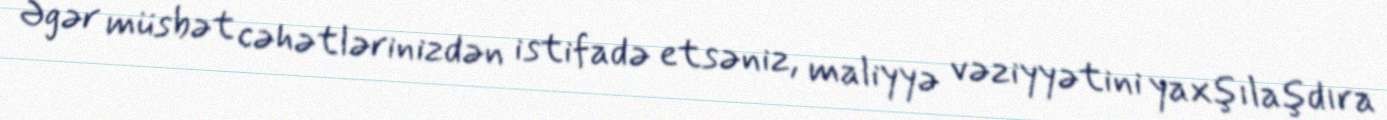
Əgər müsbət cəhətlərinizdən istifadə etsəniz, maliyyə vəziyyətini yaxşılaşdıra